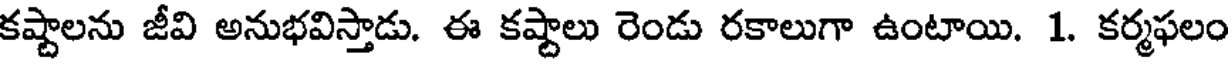
కష్టాలను జీవి అనుభవిస్తాడు. ఈ కష్టాలు రెండు రకాలుగా ఉంటాయి. 1. కర్మఫలం